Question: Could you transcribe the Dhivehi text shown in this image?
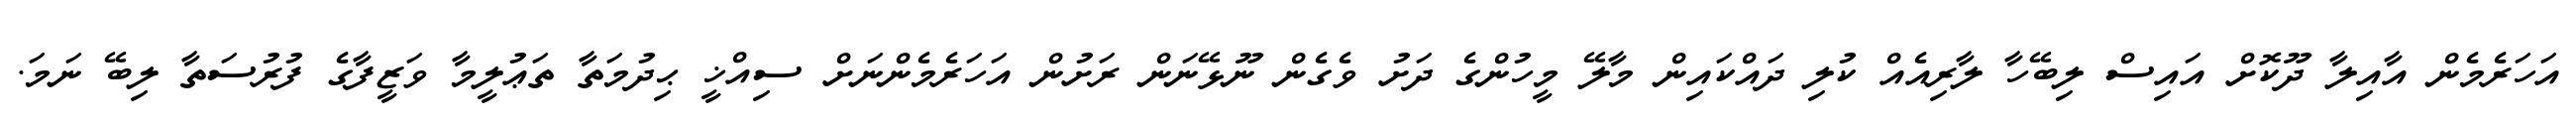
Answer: އަހަރެމެން އާއިލާ ދޫކޮށް އައިސް ލިބޭހާ ލާރިއެއް ކުލި ދައްކައިން މާލޭ މީހުންގެ ދަށު ވެގެން ނޫޅޭނަން ރަށުން އަހަރެމެންނަށް ސިއްޚީ ޙިދުމަތާ ތަޢުލީމާ ވަޒީފާގެ ފުރުސަތާ ލިބޭ ނަމަ.